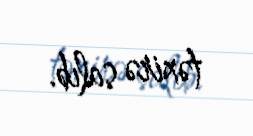
təxirə salıb.